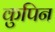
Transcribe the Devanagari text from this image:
कुपिन